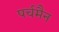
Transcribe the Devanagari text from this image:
पर्चमैन